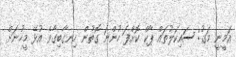
އަމީނީ މަގު: ސައިކަލުތައް ޕާކް ކޮށްފަ ހުންނަ ގޮތުން ހިނގާބިގާވެ އުޅޭ މީހުނަށް